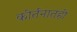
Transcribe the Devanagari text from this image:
कीर्तनातही